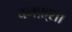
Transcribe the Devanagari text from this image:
बनफ़्शा